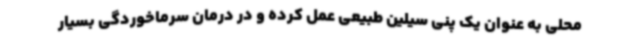
محلی به عنوان یک پنی سیلین طبیعی عمل کرده و در درمان سرماخوردگی بسیار